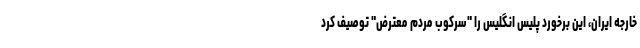
خارجه ایران، این برخورد پلیس انگلیس را "سرکوب مردم معترض" توصیف کرد